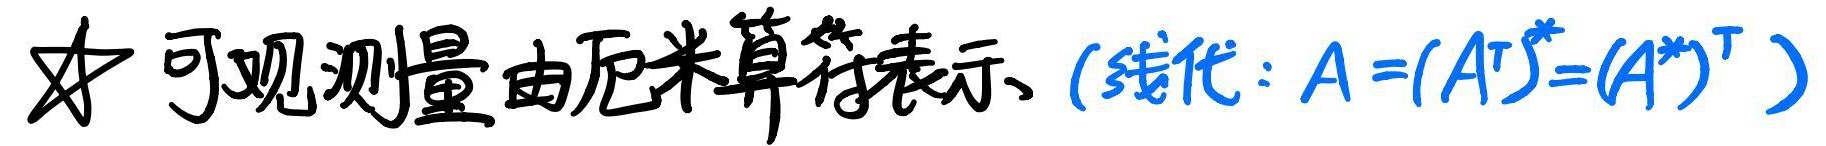
☆ 可观测量由厄米算符表示。（线代：\(A = (A^{T})^{*}=(A^{*})^{T}\)）